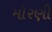
મોરણી